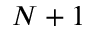
N + 1